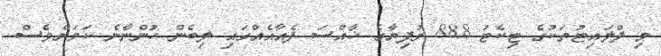
މި ފްލައިޓުތަކުގެ ޓިކެޓު 888 ރުފިޔާގެ ޚާއްސަ ފެއާއެއްގައި ލިބެން ހުންނާނެ ކަމަށްވެސް